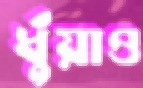
ধুঁয়াও